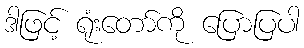
ဒါဖြင့် ရုံးတော်ကို ပြောပြပါ